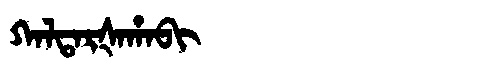
Manchu: ᡴᠠᠯᡨᠠᡵᡧᠠᡥᠠᠪᡳ
Romanization: KALTARŠAHABI